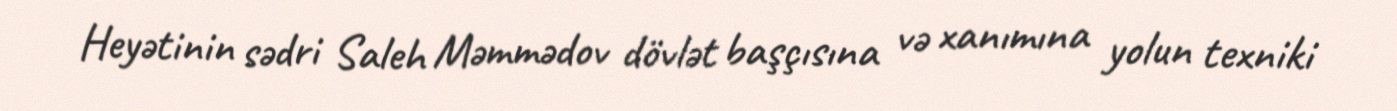
Heyətinin sədri Saleh Məmmədov dövlət başçısına və xanımına yolun texniki